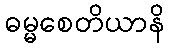
ဓမ္မစေတိယာနိ